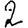
Digit: 2